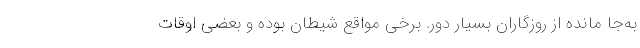
به‌جا مانده از روزگاران بسیار دور. برخی مواقع شیطان بوده و بعضی اوقات